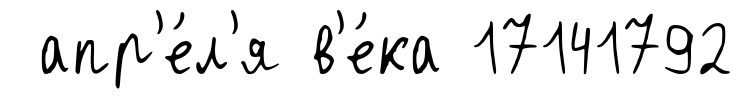
апр'е́л'я в'е́ка 17141792